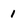
Character: 1